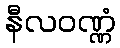
နီလဝဏ္ဏံ